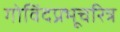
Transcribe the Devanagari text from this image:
गोविंदप्रभूचरित्र